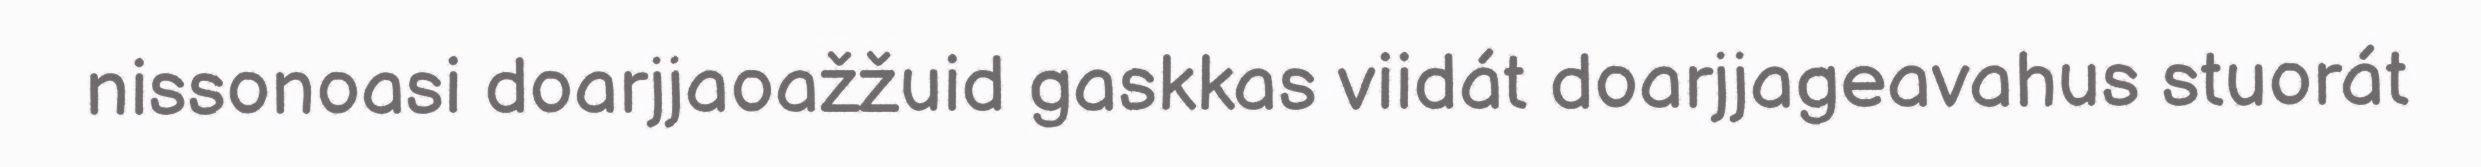
nissonoasi doarjjaoažžuid gaskkas viidát doarjjageavahus stuorát